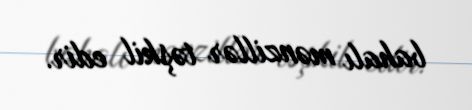
bahalı mənzillər təşkil edir.